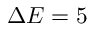
\Delta E = 5